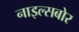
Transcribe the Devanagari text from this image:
नाइल्सबोर